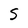
Character: S